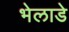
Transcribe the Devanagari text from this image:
भेलाडे